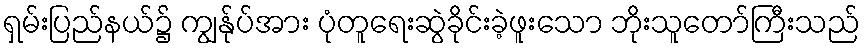
ရှမ်းပြည်နယ်၌ ကျွန်ုပ်အား ပုံတူရေးဆွဲခိုင်းခဲ့ဖူးသော ဘိုးသူတော်ကြီးသည်